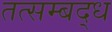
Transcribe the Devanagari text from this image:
तत्सम्बद्ध